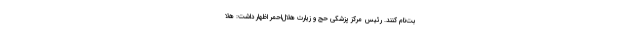
بت‌نام کنند. رئیس مرکز پزشکی حج و زیارت هلال‌احمر اظهار داشت: هلا